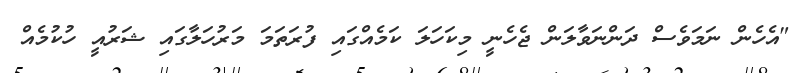
"އެހެން ނަމަވެސް ދަންނަވާލަން ޖެހެނީ މިކަހަލަ ކަމެއްގައި ފުރަތަމަ މަރުހަލާގައި ޝަރުއީ ހުކުމެއް